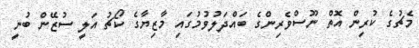
މެޗުގެ ކުރިން އޮތް ނޫސްވެރިންގެ ބައްދަލުވުމުގައި މާޒިޔާގެ ކޯޗު އަލީ ސުޒޭން ބުނީ